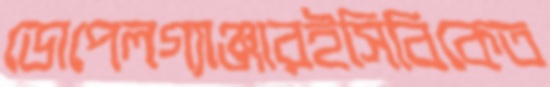
ডোপেলগ্যাঞ্জারইসিবিকেত